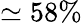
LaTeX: \simeq 58\%